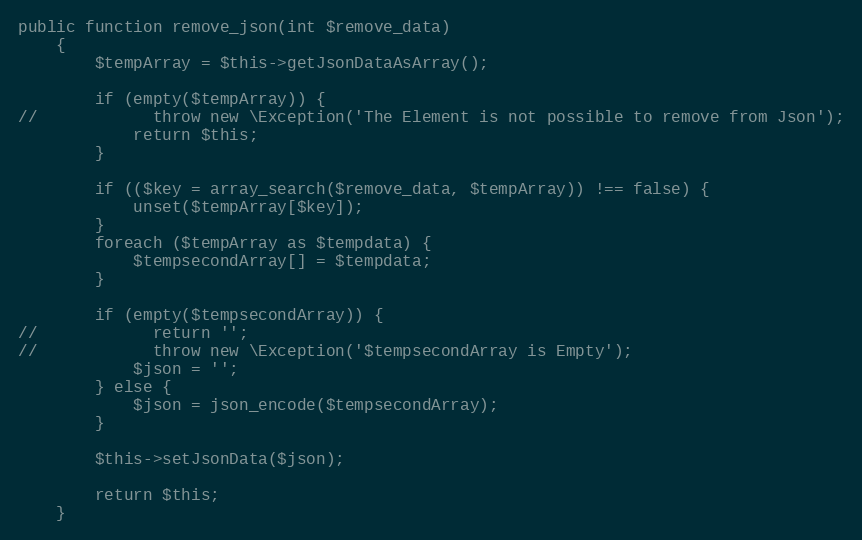
Language: PHP
public function remove_json(int $remove_data)
    {
        $tempArray = $this->getJsonDataAsArray();

        if (empty($tempArray)) {
//            throw new \Exception('The Element is not possible to remove from Json');
            return $this;
        }

        if (($key = array_search($remove_data, $tempArray)) !== false) {
            unset($tempArray[$key]);
        }
        foreach ($tempArray as $tempdata) {
            $tempsecondArray[] = $tempdata;
        }

        if (empty($tempsecondArray)) {
//            return '';
//            throw new \Exception('$tempsecondArray is Empty');
            $json = '';
        } else {
            $json = json_encode($tempsecondArray);
        }

        $this->setJsonData($json);

        return $this;
    }